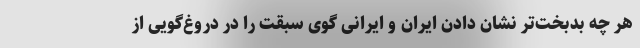
هر چه بدبخت‌تر نشان دادن ایران و ایرانی گوی سبقت را در دروغ‌گویی از